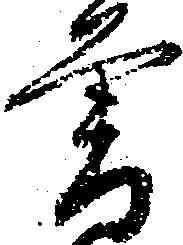
曽